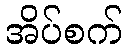
အိပ်စက်